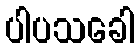
ပါပသခေါ